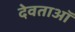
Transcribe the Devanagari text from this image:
देवताऑ